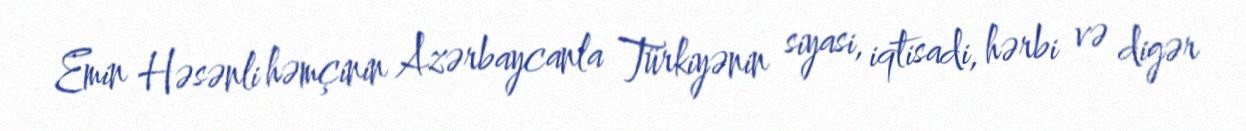
Emin Həsənli həmçinin Azərbaycanla Türkiyənin siyasi, iqtisadi, hərbi və digər